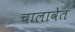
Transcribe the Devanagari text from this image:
चालावेत